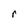
Character: r